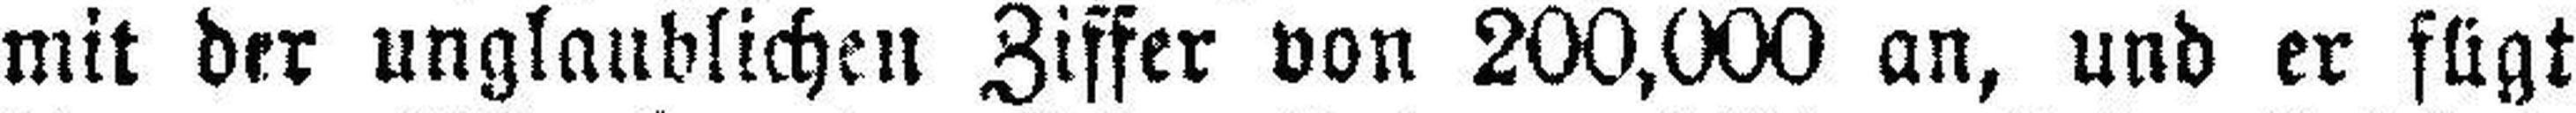
mit der unglaublichen Ziffer von 200,000 an, und er fügt